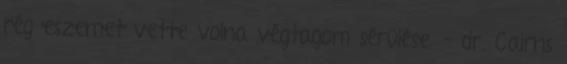
rég eszemet vette volna végtagom sérülése. – dr. Cairns